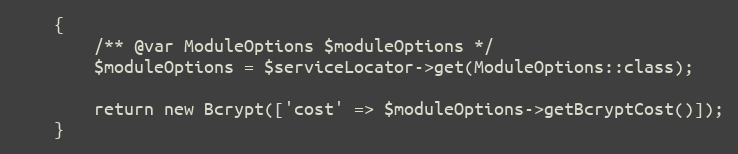
Language: PHP
    {
        /** @var ModuleOptions $moduleOptions */
        $moduleOptions = $serviceLocator->get(ModuleOptions::class);

        return new Bcrypt(['cost' => $moduleOptions->getBcryptCost()]);
    }